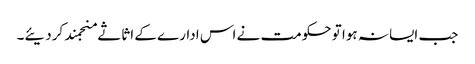
جب ایسا نہ ہوا تو حکومت نے اس ادارے کے اثاثے منجمند کردیئے۔